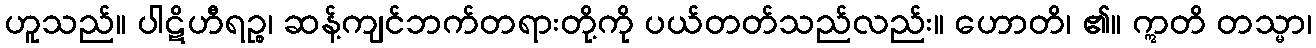
ဟူသည်။ ပါဋိဟီရဉ္စ၊ ဆန့်ကျင်ဘက်တရားတို့ကို ပယ်တတ်သည်လည်း။ ဟောတိ၊ ၏။ ဣတိ တသ္မာ၊